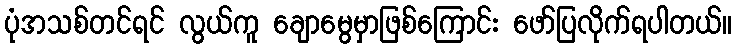
ပုံအသစ်တင်ရင် လွယ်ကူ ချောမွေမှာဖြစ်ကြောင်း ဖော်ပြလိုက်ရပါတယ်။